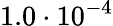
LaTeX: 1.0\cdot 10^{-4}